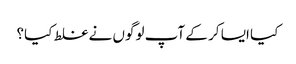
کیا ایسا کر کے آپ لوگوں نے غلط کیا؟